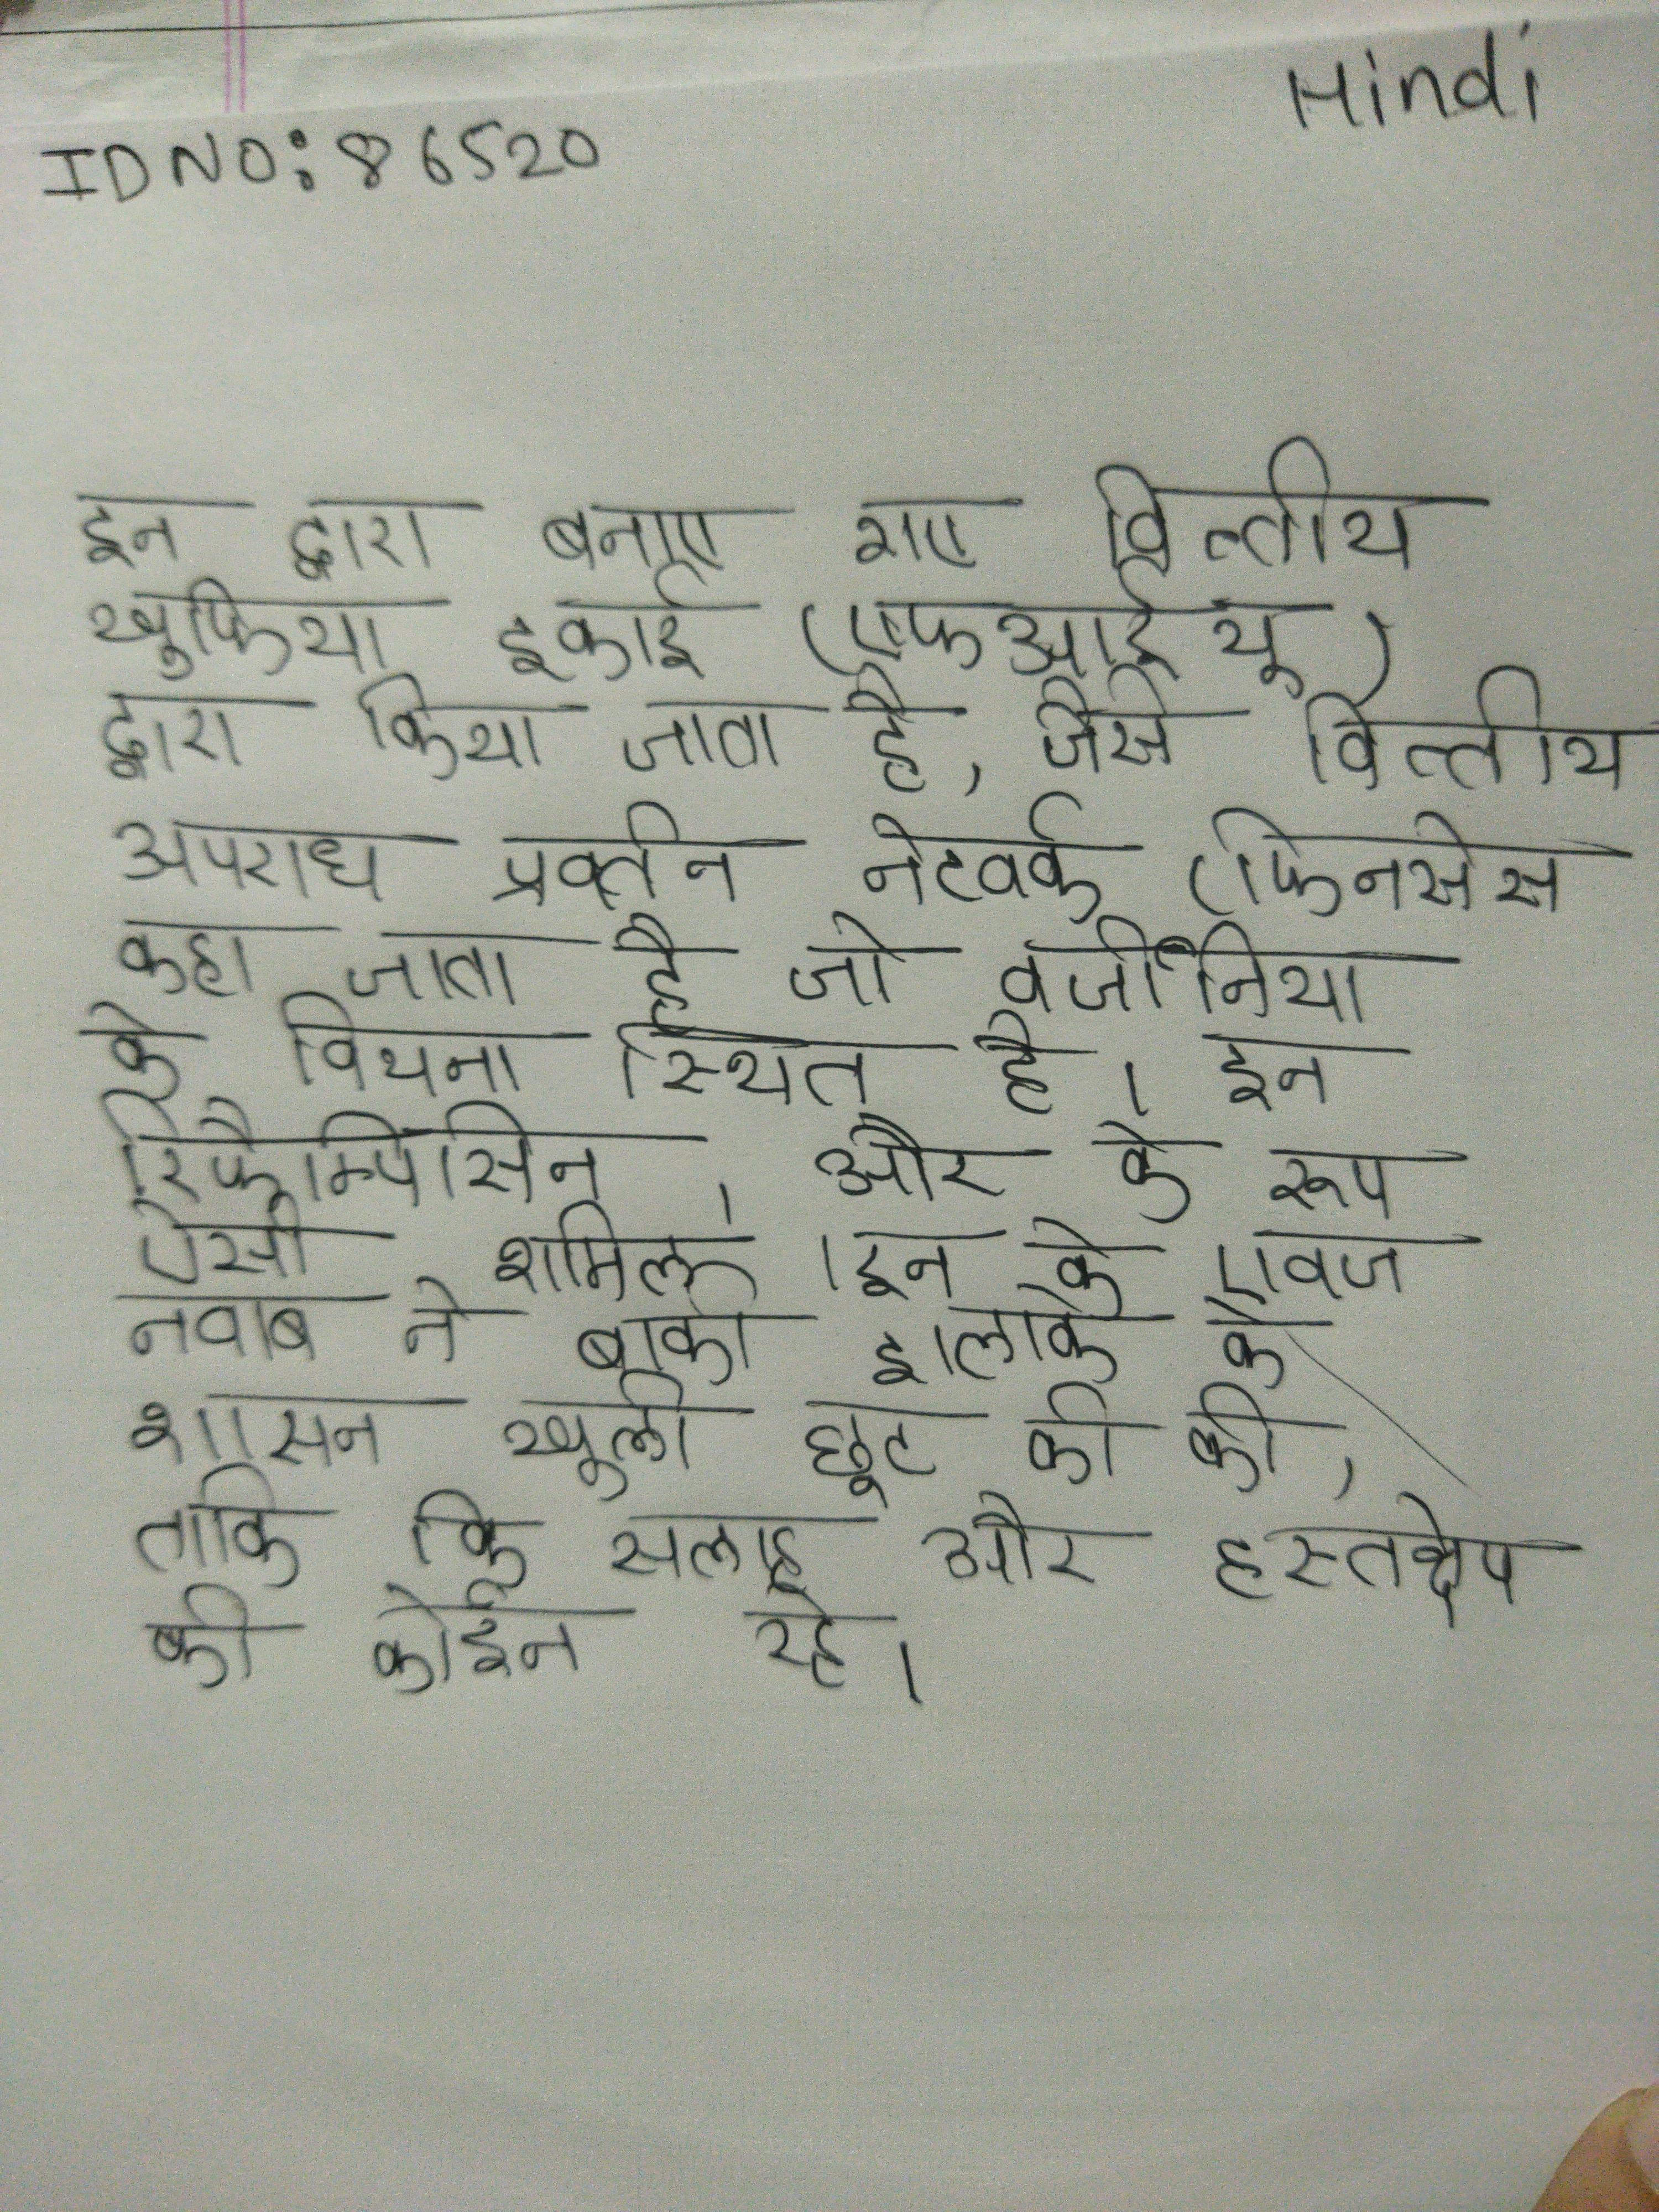
इन द्वारा बनाए गए वित्तीय डेटाबेस को अमेरिकी वित्तीय खुफिया इकाई (एफआईयू) द्वारा किया जाता है, जिसे वित्तीय अपराध प्रवर्तन नेटवर्क (फिनसेन कहा जाता है जो वर्जीनिया के वियना स्थित है । इन रिफैम्पिसिन, और के रूप ऐसी शामिल । इन के एवज नवाब ने बाकी इलाके के शासन खुली छूट की की, ताकि की सलाह और हस्तक्षेप की कोई न रहे ।